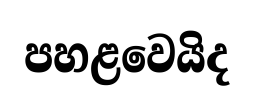
පහළවෙයිද